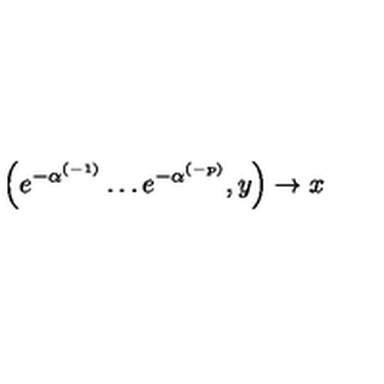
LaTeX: \left( e ^ { - \alpha ^ { ( - 1 ) } } \ldots e ^ { - \alpha ^ { ( - p ) } } , y \right) \rightarrow x